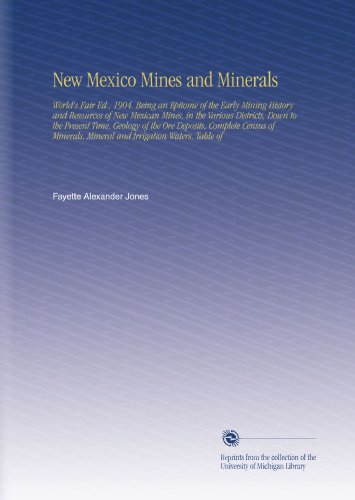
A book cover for New Mexico Mines and Minerals: World's Fair Ed., 1904. Being an Epitome of the Early Mining History and Resources of New Mexican Mines, in the Various ... Mineral and Irrigation Waters, Table of; Fayette Alexander Jones; Science & Math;